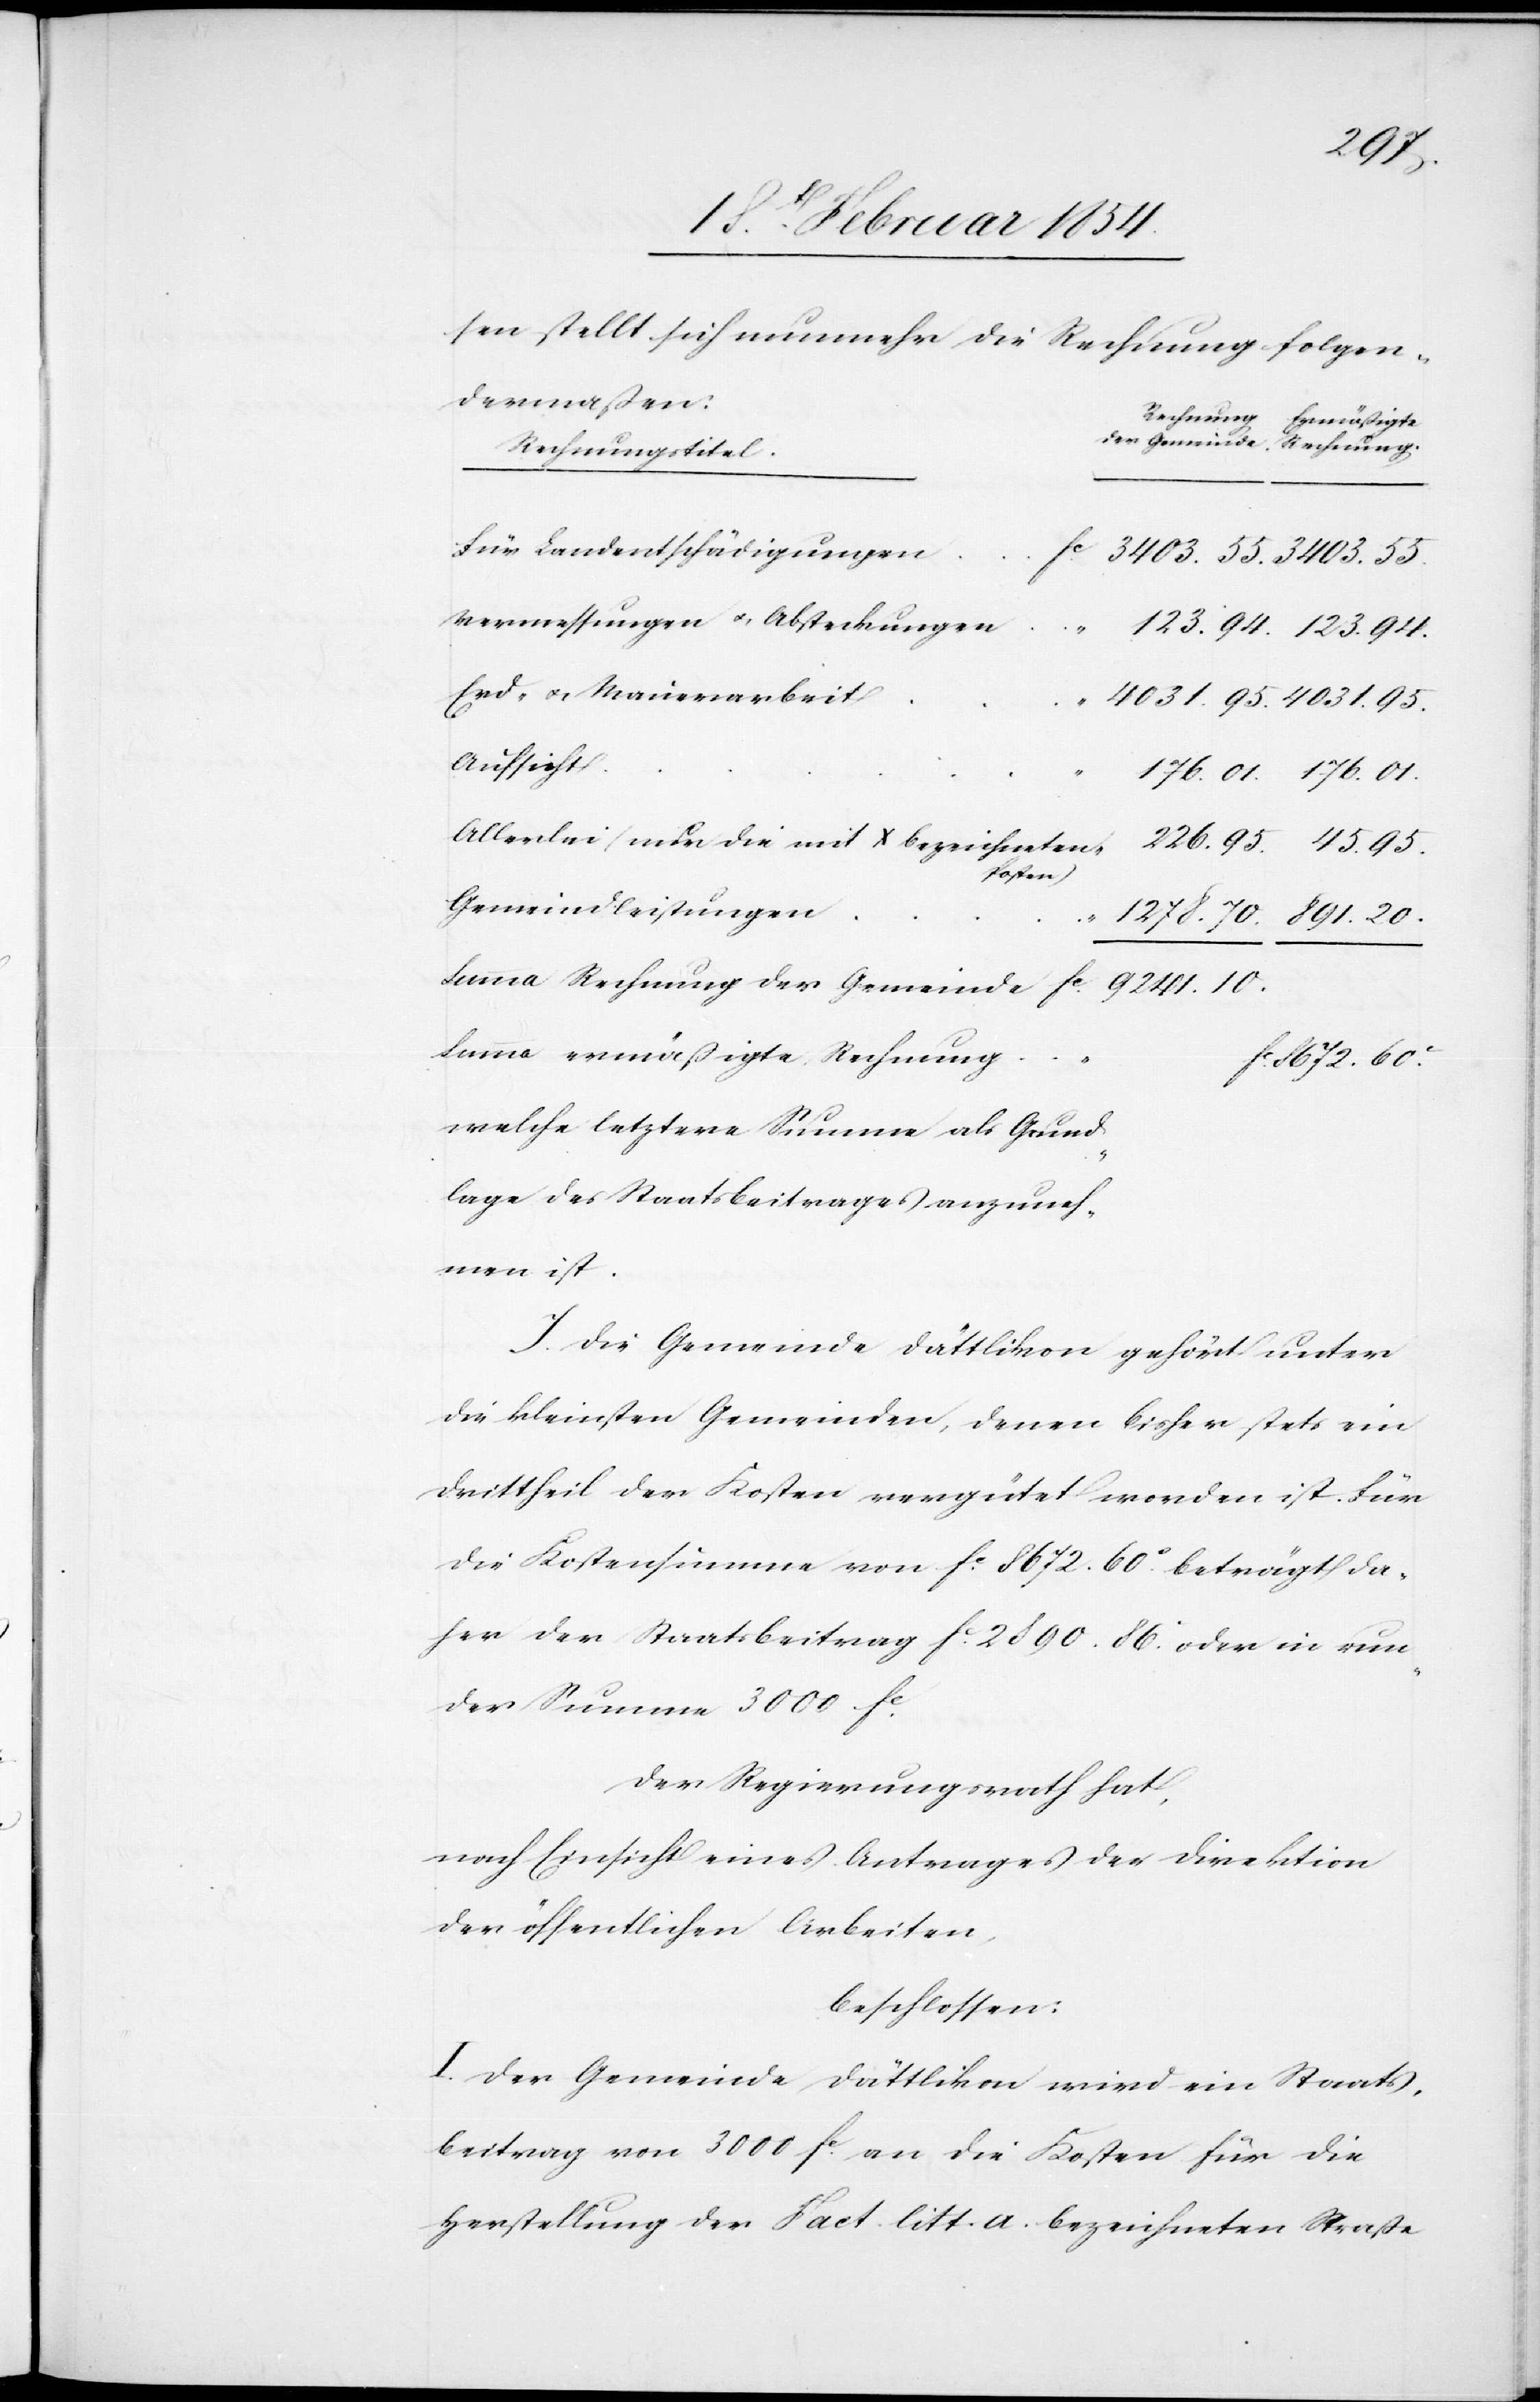
lage
sen stellt sich nunmehr die Rechnung folgen¬
dermaßen:
Rechnungstitel.
Für Landentschädigungen
Vermessungen u. Absteckungen
„
Erd- u. Mauerarbeit
Aufsicht
Allerlei (neben die mit X bezeichneten
Posten)
Gemeindleistungen
anzuneh¬
Summa ermäßigte Rechnung
Fc 8672.60.c
welche letztere Summe als Grund¬
men ist.
I. Die Gemeinde Dättlikon gehört unter
die kleinsten Gemeinden, denen bisher stets ein
Drittheil der Kosten vergütet worden ist. Für
die Kostensumme von Fc 8672.60c beträgt da¬
her der Staatsbeitrag Fc 2890.86. oder in run¬
der Summe 3000 Fc.
Der Regierungsrath hat,
nach Einsicht eines Antrages der Direktion
der öffentlichen Arbeiten,
beschlossen:
I. Der Gemeinde Dättlikon wird ein Staats¬
beitrag von 3000 Fc an die Kosten für die
Herstellung der Fact. litt. A. bezeichneten Straße